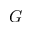
G